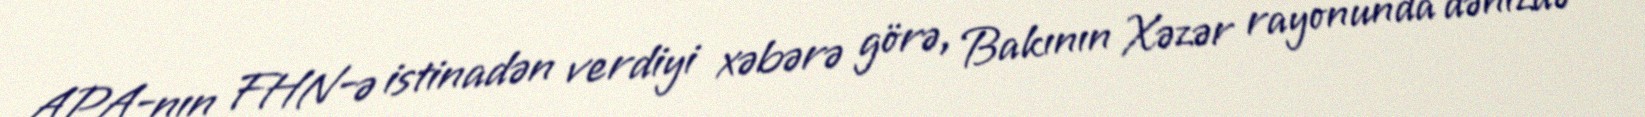
APA-nın FHN-ə istinadən verdiyi xəbərə görə, Bakının Xəzər rayonunda dənizdə